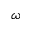
\omega